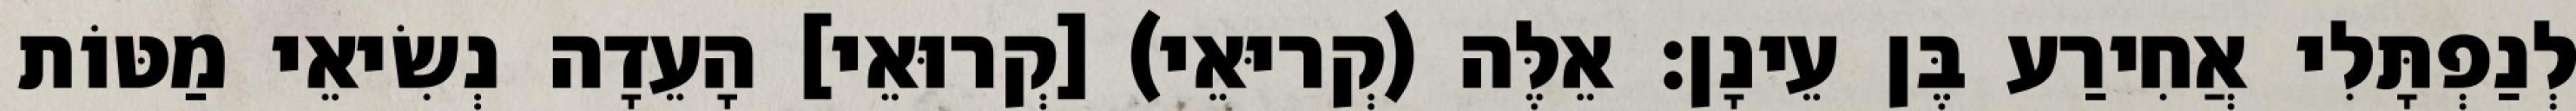
לְנַפְתָּלִי אֲחִירַע בֶּן עֵינָן׃ אֵלֶּה (קְריּאֵי) [קְרוּאֵי] הָעֵדָה נְשִׂיאֵי מַטּוֹת